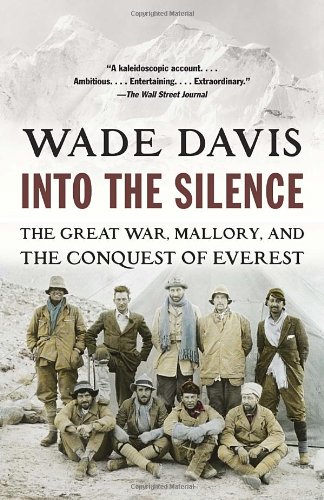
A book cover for Into the Silence: The Great War, Mallory, and the Conquest of Everest; Wade Davis; Biographies & Memoirs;